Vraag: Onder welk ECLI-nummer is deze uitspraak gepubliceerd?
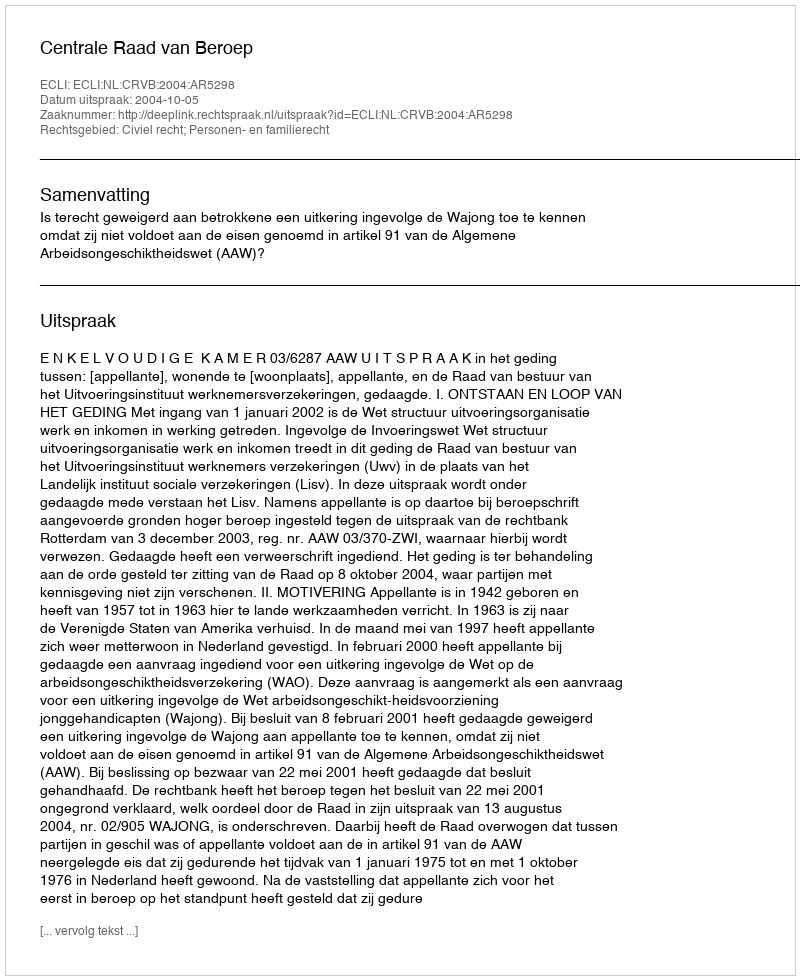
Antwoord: ECLI:NL:CRVB:2004:AR5298